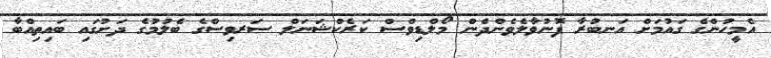
އެމީހުންގެ ގައުމަށް އަނބުރާ ފޮނުވާލެވެންދެން މޯލްޑިވްސް ކަރެކްޝަނަލް ސަރވިސްގެ ބެލުމުގެ ދަށުގައި ބައިތިއްބާ